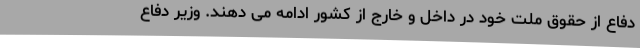
دفاع از حقوق ملت خود در داخل و خارج از کشور ادامه می دهند. وزیر دفاع